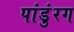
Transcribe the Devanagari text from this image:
पांडुंरग